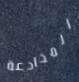
المخادعة